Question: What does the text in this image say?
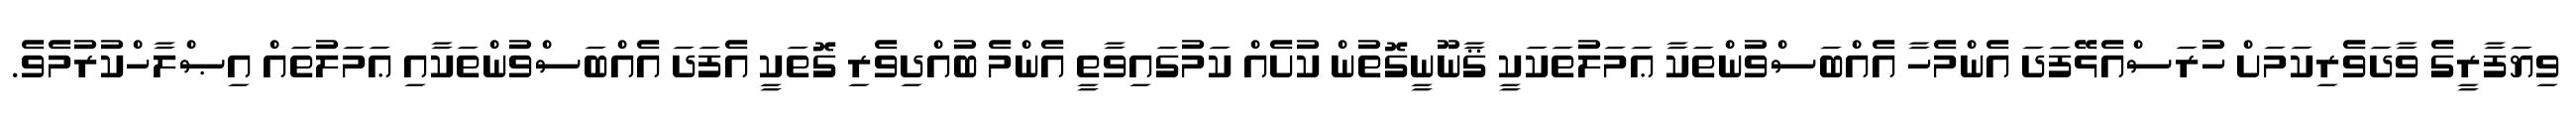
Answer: ވިޔަފާރީގެ ވާދަވެރިކަމަށް ހުރަސްއެޅޭފަދަ އެންމެހާ އެއްބަސްވުންތަކާ ޢަމަލުތަކަކީ ޤާނޫނީގޮތުން ކުށެއް ކަމުގައިވާތީ އެންމެ ބުއްދިވެރި ގޮތަކީ އެފަދަ އެއްބަސްވުންތަކާއި ޢަމަލުތައް އިޞްލާހްކުރުމެވެ.